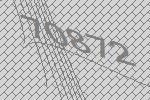
70872